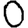
Digit: 0